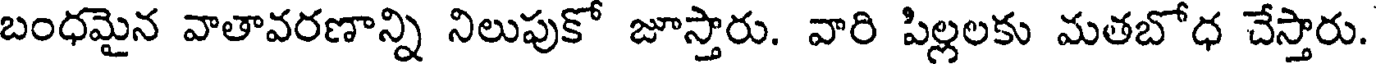
బంధమైన వాతావరణాన్ని నిలుపుకో జూస్తారు. వారి పిల్లలకు మతబోధ చేస్తారు.